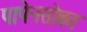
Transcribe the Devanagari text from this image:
पापेनसोबत